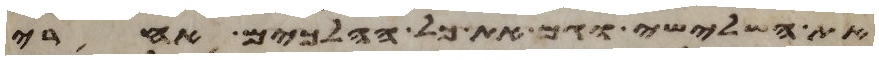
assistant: את השלישי וגם את כל ההלכים אחרי